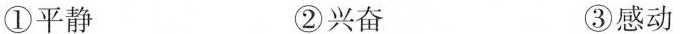
①平静 ②兴奋 ③感动